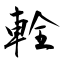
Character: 輇